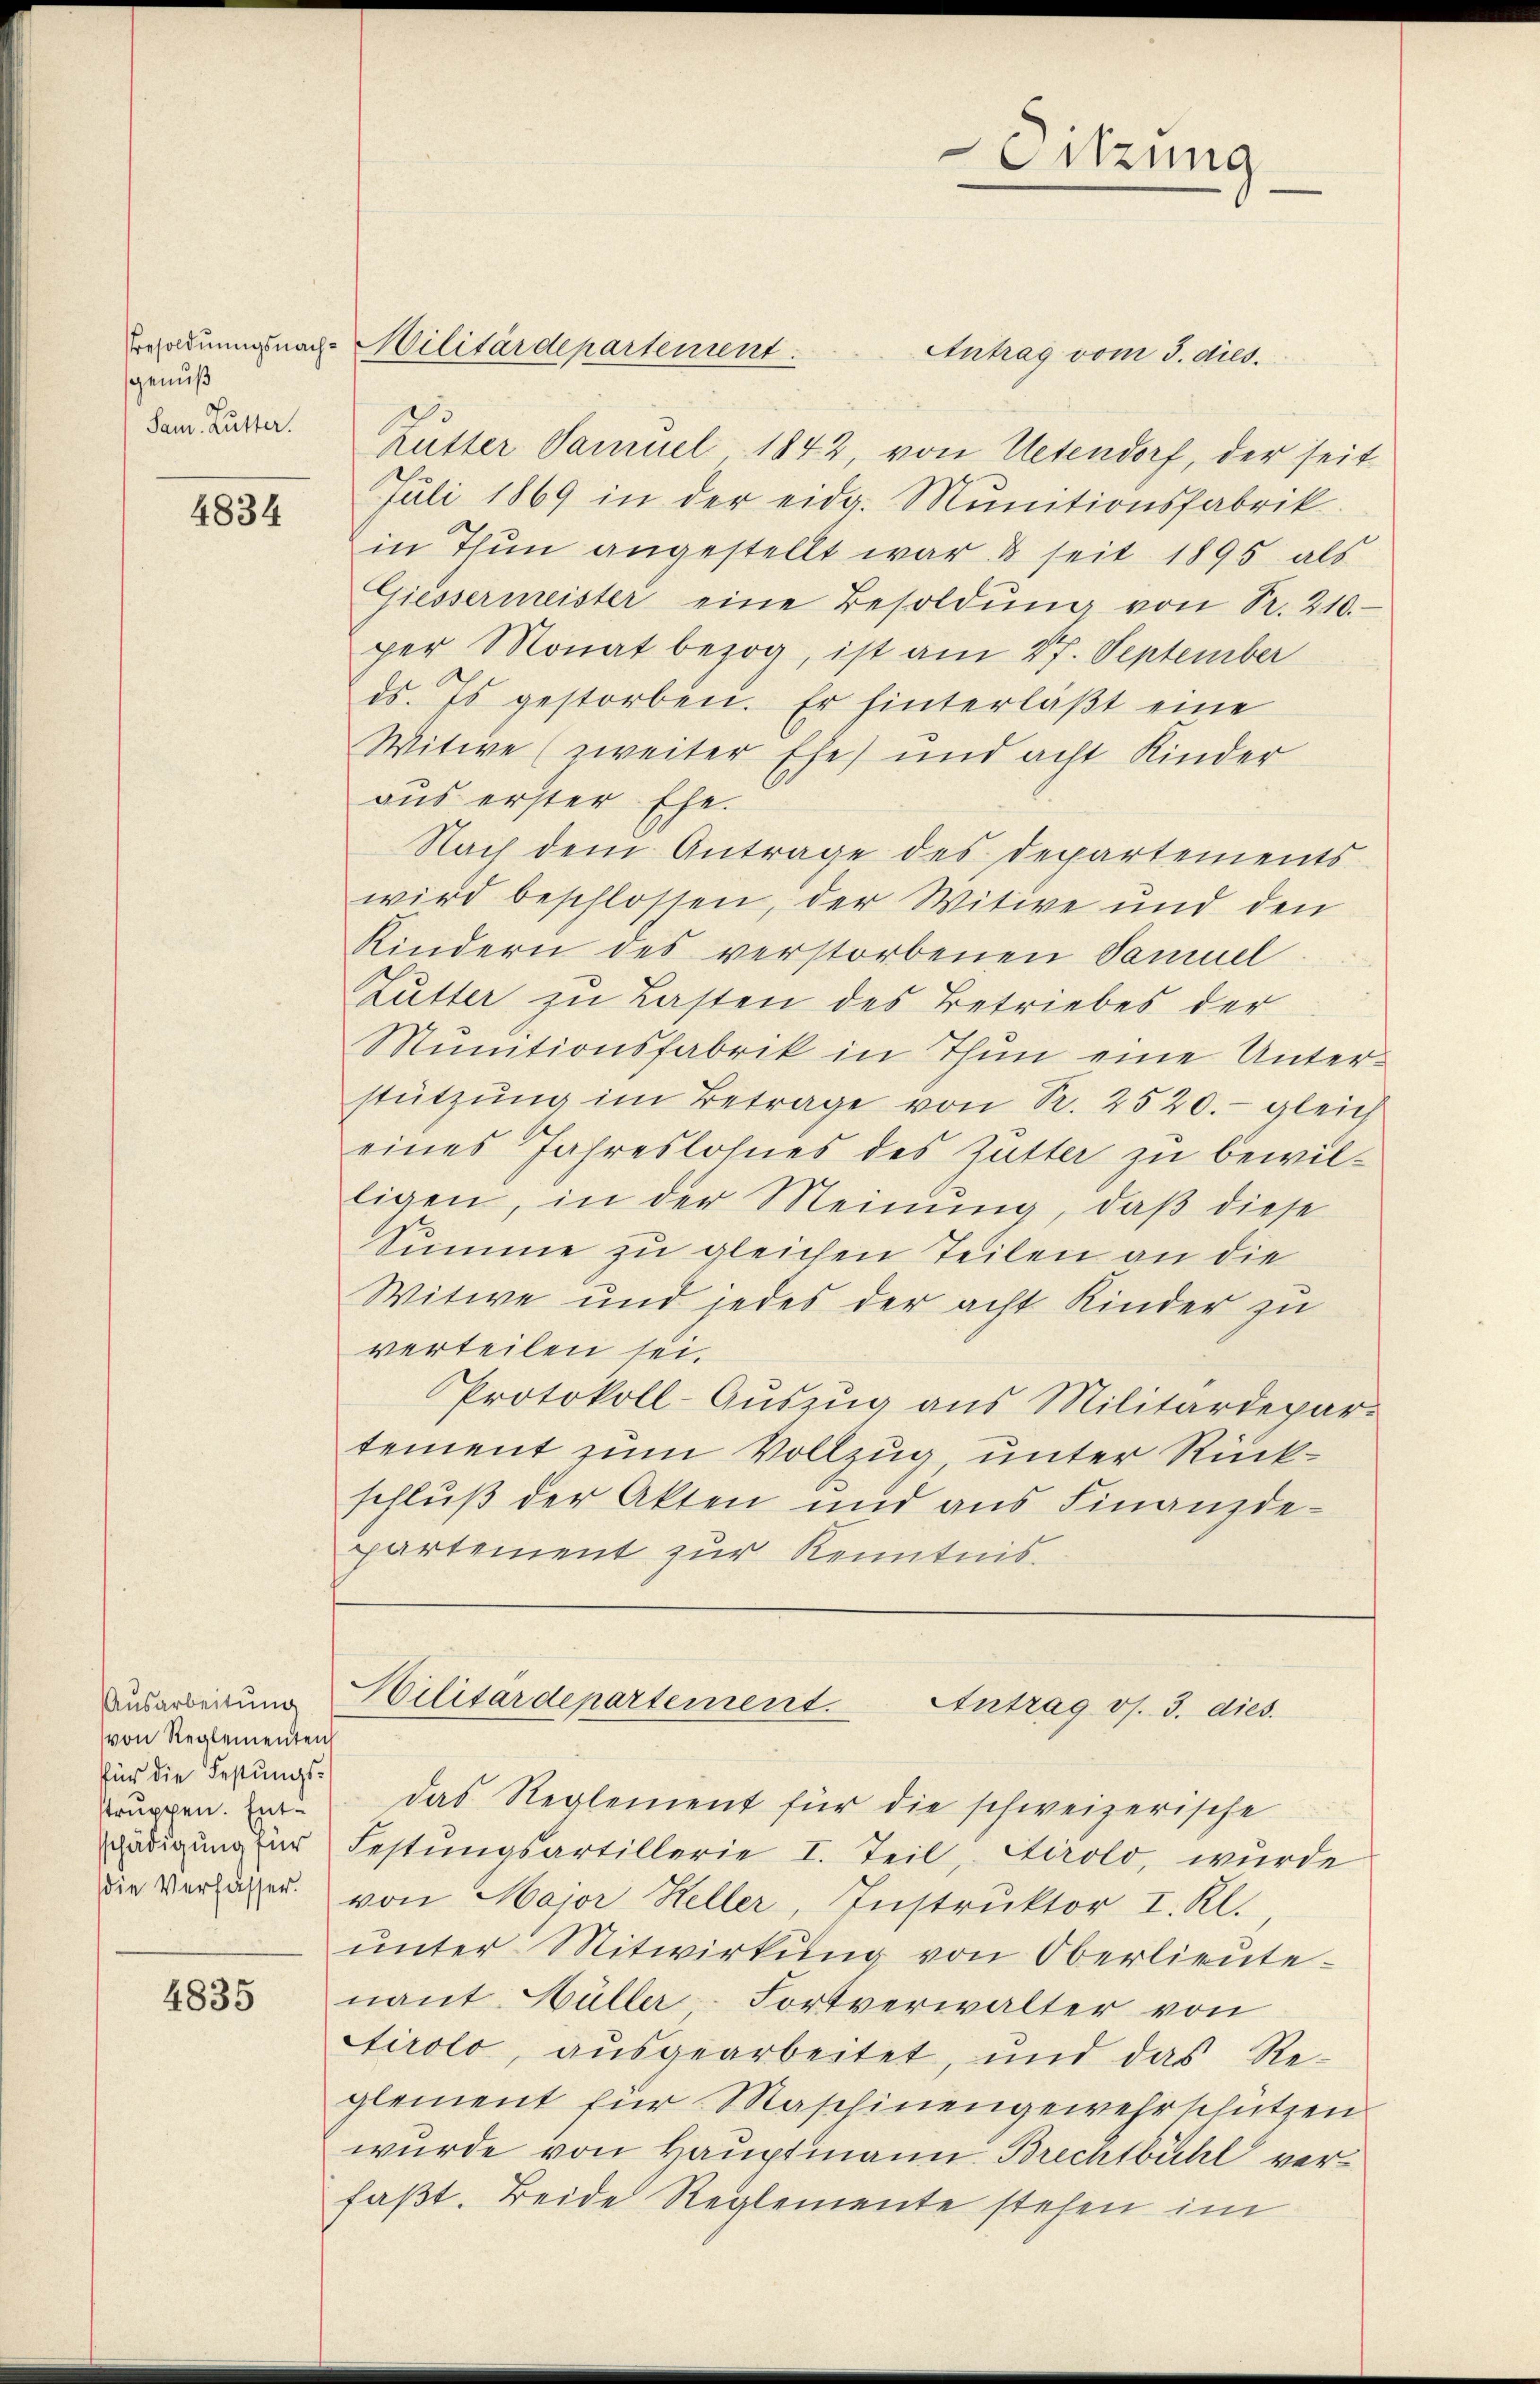
genuß
Sam. Lutter.

4834

Ausarbeitung
von Reglementen
für die Festungsstruppen. Entschädigung für

4835

Besoldungsnach Militärdepartement

Antrag vom 3. dies
Zutter Samuel 1842, von Uetendorf, der seit
Juli 1869 in der eidg. Munitionsfabrik
in Thun angestellt war & seit 1895 als
Giessermeister eine Besoldŭng von R. 210.
per Monat bezog, ist am 27. September
ds. Es gestorben. Er hinterläßt eine
Witwe (zweiter Ehe) und acht Kinder
aus erster Ehe.
Nach dem Antrage des Departements
wird beschlossen, der Witwe und den
Kindern des verstorbenen Samuel
Lutter zu Lasten des Betriebes der
Munitionsfabrik in Thun eine Unterstützŭng im Betrage von R. 2520.- gleich
eines Jahreslohnes des Gutter zu bewil¬
Eigen, in der Meinung, daß diese
Summe zu gleichen Teilen an die
Witwe und jedes der acht Kinder zu
verteilen sei.
Protokoll-Auszug aus Militärdepartement zum Vollzug unter Rückschluß der Akten und aus Finanzdepartement zur Kenntnis

Festungsartillerie I. Teil, Stirolo, wurde
die Verlasser von Major Heller, Instruktor I. Kl.
unter Mitwirkung von Oberlieutenant Hüller-Fortverwalter von
Tirolo, ausgearbeitet, und das Reglement für Maschinengewehrschützen
wurde von Hauptmann Brechtbühl verfaßt. Beide Reglemente stehen im

Sitzung

Militärdepartement. Antrag os. 3. dies
das Reglement für die schweizerische